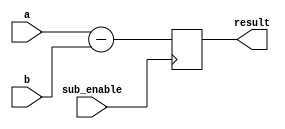
module ripple_subtractor (
  input [7:0] a,
  input [7:0] b,
  input sub_enable,
  output reg [7:0] result
);

always @ (posedge sub_enable)
begin
  result <= a - b;
end

endmodule